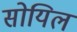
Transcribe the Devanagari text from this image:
सोयिल